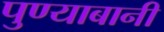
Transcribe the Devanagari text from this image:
पुण्याबानी